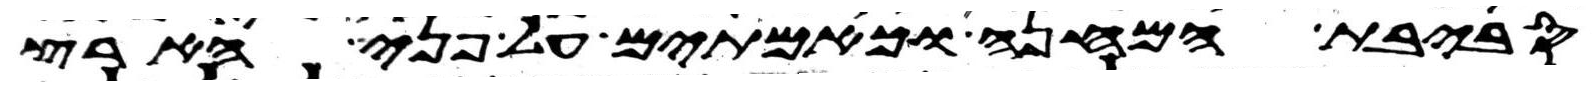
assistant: סביבת המחנה וכאמתים על פני הארץ